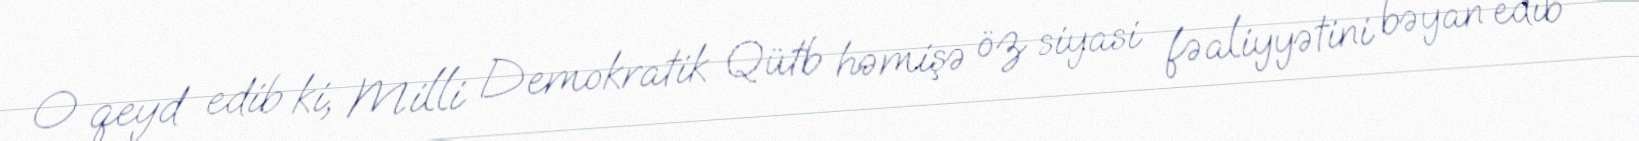
O qeyd edib ki, Milli Demokratik Qütb həmişə öz siyasi fəaliyyətini bəyan edib